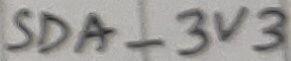
Text: SDA_3V3